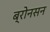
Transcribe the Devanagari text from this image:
ब्रोनसन